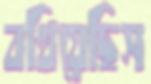
বখিয়েছিস